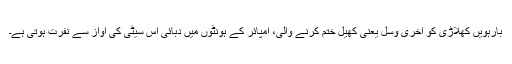
بارہویں کھلاڑی کو آخری وسل یعنی کھیل ختم کرنے والی، امپائر کے ہونٹوں میں دبائی اس سیٹی کی آواز سے نفرت ہوتی ہے۔